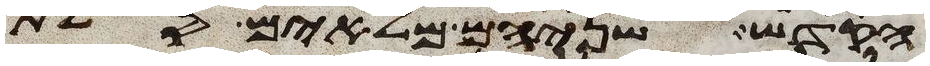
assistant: הקדש שניהם מלאים סלת